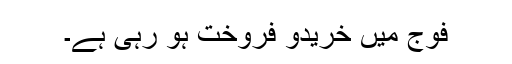
فوج میں خریدو فروخت ہو رہی ہے۔